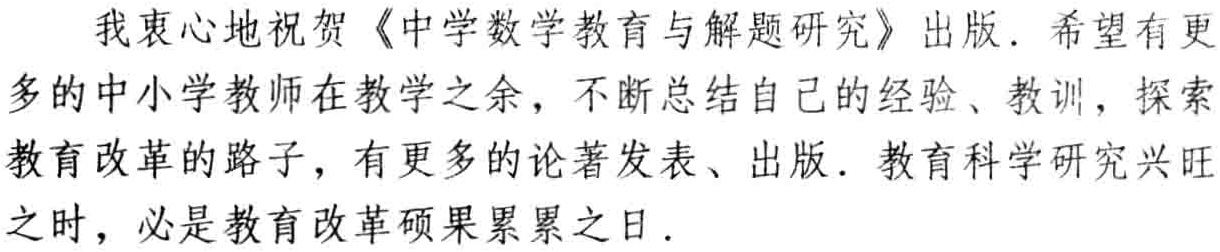
我衷心地祝贺《中学数学教育与解题研究》出版. 希望有更多的中小学教师在教学之余，不断总结自己的经验、教训，探索教育改革的路子，有更多的论著发表、出版. 教育科学研究兴旺之时，必是教育改革硕果累累之日.